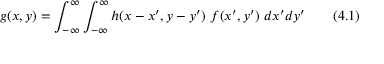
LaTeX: g ( x , y ) = \int _ { - \infty } ^ { \infty } \int _ { - \infty } ^ { \infty } h ( x - x ^ { \prime } , y - y ^ { \prime } ) ~ f ( x ^ { \prime } , y ^ { \prime } ) ~ d x ^ { \prime } d y ^ { \prime } ~ ~ ~ ~ ~ ~ ( 4 . 1 )